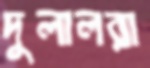
দুলালরা